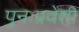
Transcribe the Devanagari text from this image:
पुनःप्रवेशी